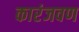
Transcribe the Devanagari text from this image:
कारंजवण